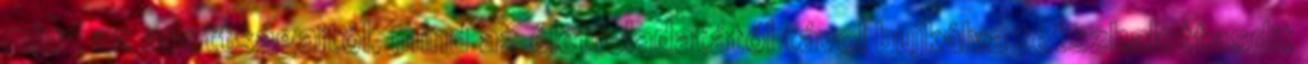
mind az adottságaitól, mind az életfeladatától távol bujkálva tetszhalottasdit